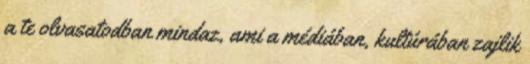
a te olvasatodban mindaz, ami a médiában, kultúrában zajlik